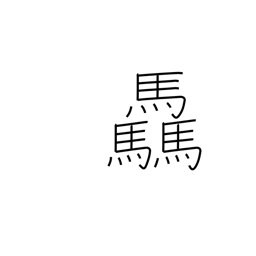
Meaning: many horses